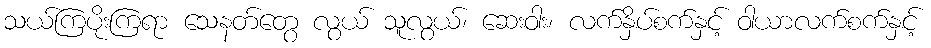
သယ်ကြပိုးကြရာ သေနတ်တွေ လွယ် သူလွယ်၊ ဆေးဝါး၊ လက်နှိပ်စက်နှင့် ဝါယာလက်စက်နှင့်